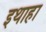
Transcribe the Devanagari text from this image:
इथाहा